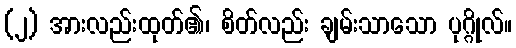
(၂) အားလည်းထုတ်၏၊ စိတ်လည်း ချမ်းသာသော ပုဂ္ဂိုလ်။